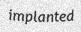
implanted